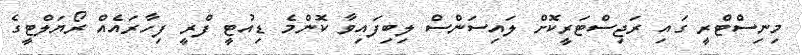
މިނިސްޓްރީ ގައި ރަޖިސްޓަރީކޮށް ލައިސަންސް ލިބިފައިވާ ކޮންމެ ޑިއުޓީ ފްރީ ފިހާރައެއް ރޯޔަލްޓީގެ